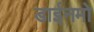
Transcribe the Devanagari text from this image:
डाईनमो